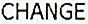
CHANGE